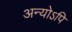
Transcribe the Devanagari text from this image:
अन्योऽपि